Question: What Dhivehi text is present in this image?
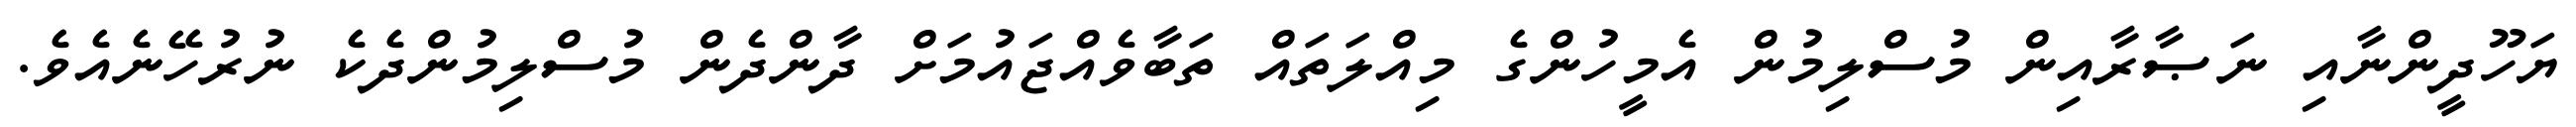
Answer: ޔަހޫދީންނާއި ނަޞާރާއިން މުސްލިމުން އެމީހުންގެ މިއްލަތައް ތަބާވެއްޖައުމަށް ދާންދެން މުސްލިމުންދެކެ ނުރުހޭނެއެވެ.